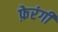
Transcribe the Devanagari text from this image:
फ़ेरंगी